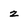
Character: z